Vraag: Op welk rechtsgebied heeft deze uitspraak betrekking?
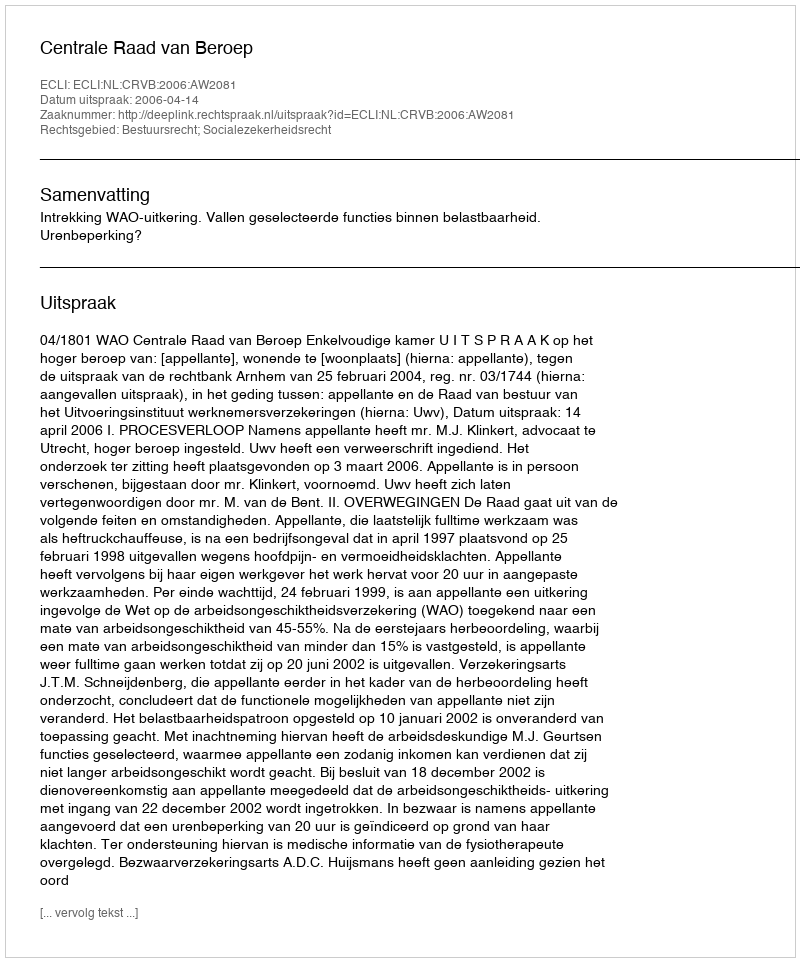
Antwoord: Bestuursrecht; Socialezekerheidsrecht